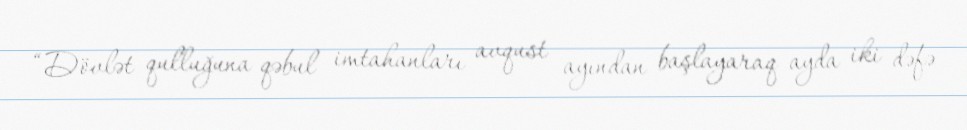
“Dövlət qulluğuna qəbul imtahanları avqust ayından başlayaraq ayda iki dəfə